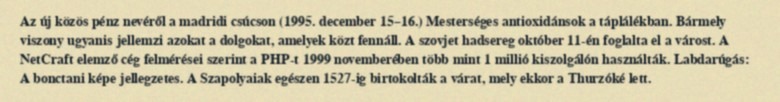
Az új közös pénz nevéről a madridi csúcson (1995. december 15–16.) Mesterséges antioxidánsok a táplálékban. Bármely viszony ugyanis jellemzi azokat a dolgokat, amelyek közt fennáll. A szovjet hadsereg október 11-én foglalta el a várost. A NetCraft elemző cég felmérései szerint a PHP-t 1999 novemberében több mint 1 millió kiszolgálón használták. Labdarúgás: A bonctani képe jellegzetes. A Szapolyaiak egészen 1527-ig birtokolták a várat, mely ekkor a Thurzóké lett.